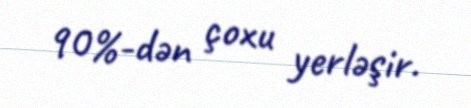
90%-dən çoxu yerləşir.